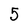
Character: 5